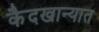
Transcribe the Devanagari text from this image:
कैदखान्यात